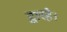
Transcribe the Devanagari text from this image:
द्वारहै।